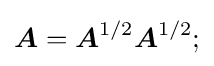
{\boldsymbol {A}}={\boldsymbol {A}}^{1/2}{\boldsymbol {A}}^{1/2};